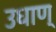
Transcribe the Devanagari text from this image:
उधाण्